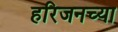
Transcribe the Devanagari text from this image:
हरिजनच्या